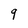
Character: 9